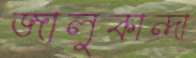
জালুকান্দা